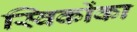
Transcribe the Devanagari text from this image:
स्विकोंका